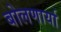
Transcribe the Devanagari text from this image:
बोलणार्या